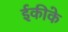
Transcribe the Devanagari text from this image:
ईकीके